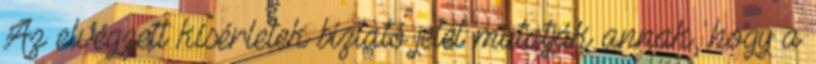
Az elvégzett kísérletek bíztató jelét mutatják annak, hogy a